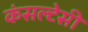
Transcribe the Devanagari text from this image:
कंसल्टेसी